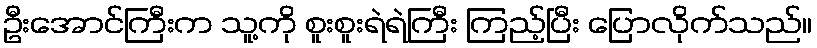
ဦးအောင်ကြီးက သူ့ကို စူးစူးရဲရဲကြီး ကြည့်ပြီး ပြောလိုက်သည်။